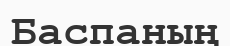
Баспаның